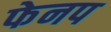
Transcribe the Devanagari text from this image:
फेनप